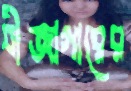
বীজাগারের